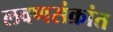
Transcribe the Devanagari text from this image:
लवणसंक्रांत